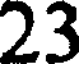
23